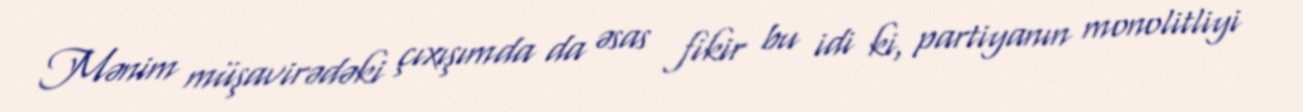
Mənim müşavirədəki çıxışımda da əsas fikir bu idi ki, partiyanın monolitliyi